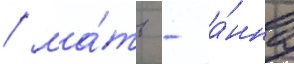
/ ма́ть - а́нна